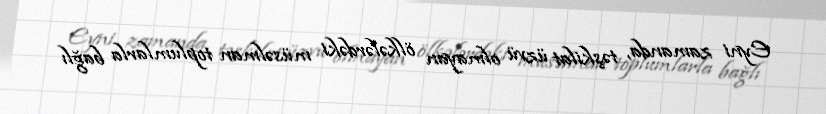
Eyni zamanda, təşkilat üzvü olmayan ölkələrdəki müsəlman toplumlarla bağlı